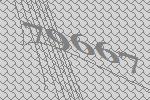
79667